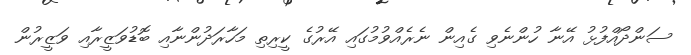
ސަންދޯއްފުޅު އޭނާ ހުންނެވި ގެއިން ނެރެއްވުމުގައި އޭރުގެ ކީރިތި މަހާރަދުންނާއި ބޮޑުވަޒީރާއި ވަޒީރުން